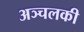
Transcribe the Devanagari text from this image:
अञ्चलकी